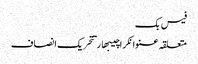
فیس بک
متعلقہ عنوانکراچیبھارتتحریک انصاف